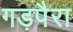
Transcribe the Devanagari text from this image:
गड़पैरा